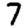
Digit: 7